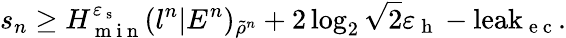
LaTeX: s_{n}\geq H_{\mathrm{~m~i~n~}}^{\varepsilon_{\mathrm{~s~}}}(l^{n}|E^{n})_{\tilde{\rho}^{n}}+2\log_{2}\sqrt{2}\varepsilon_{\mathrm{~h~}}-\mathrm{leak}_{\mathrm{~e~c~}}.